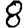
Digit: 8